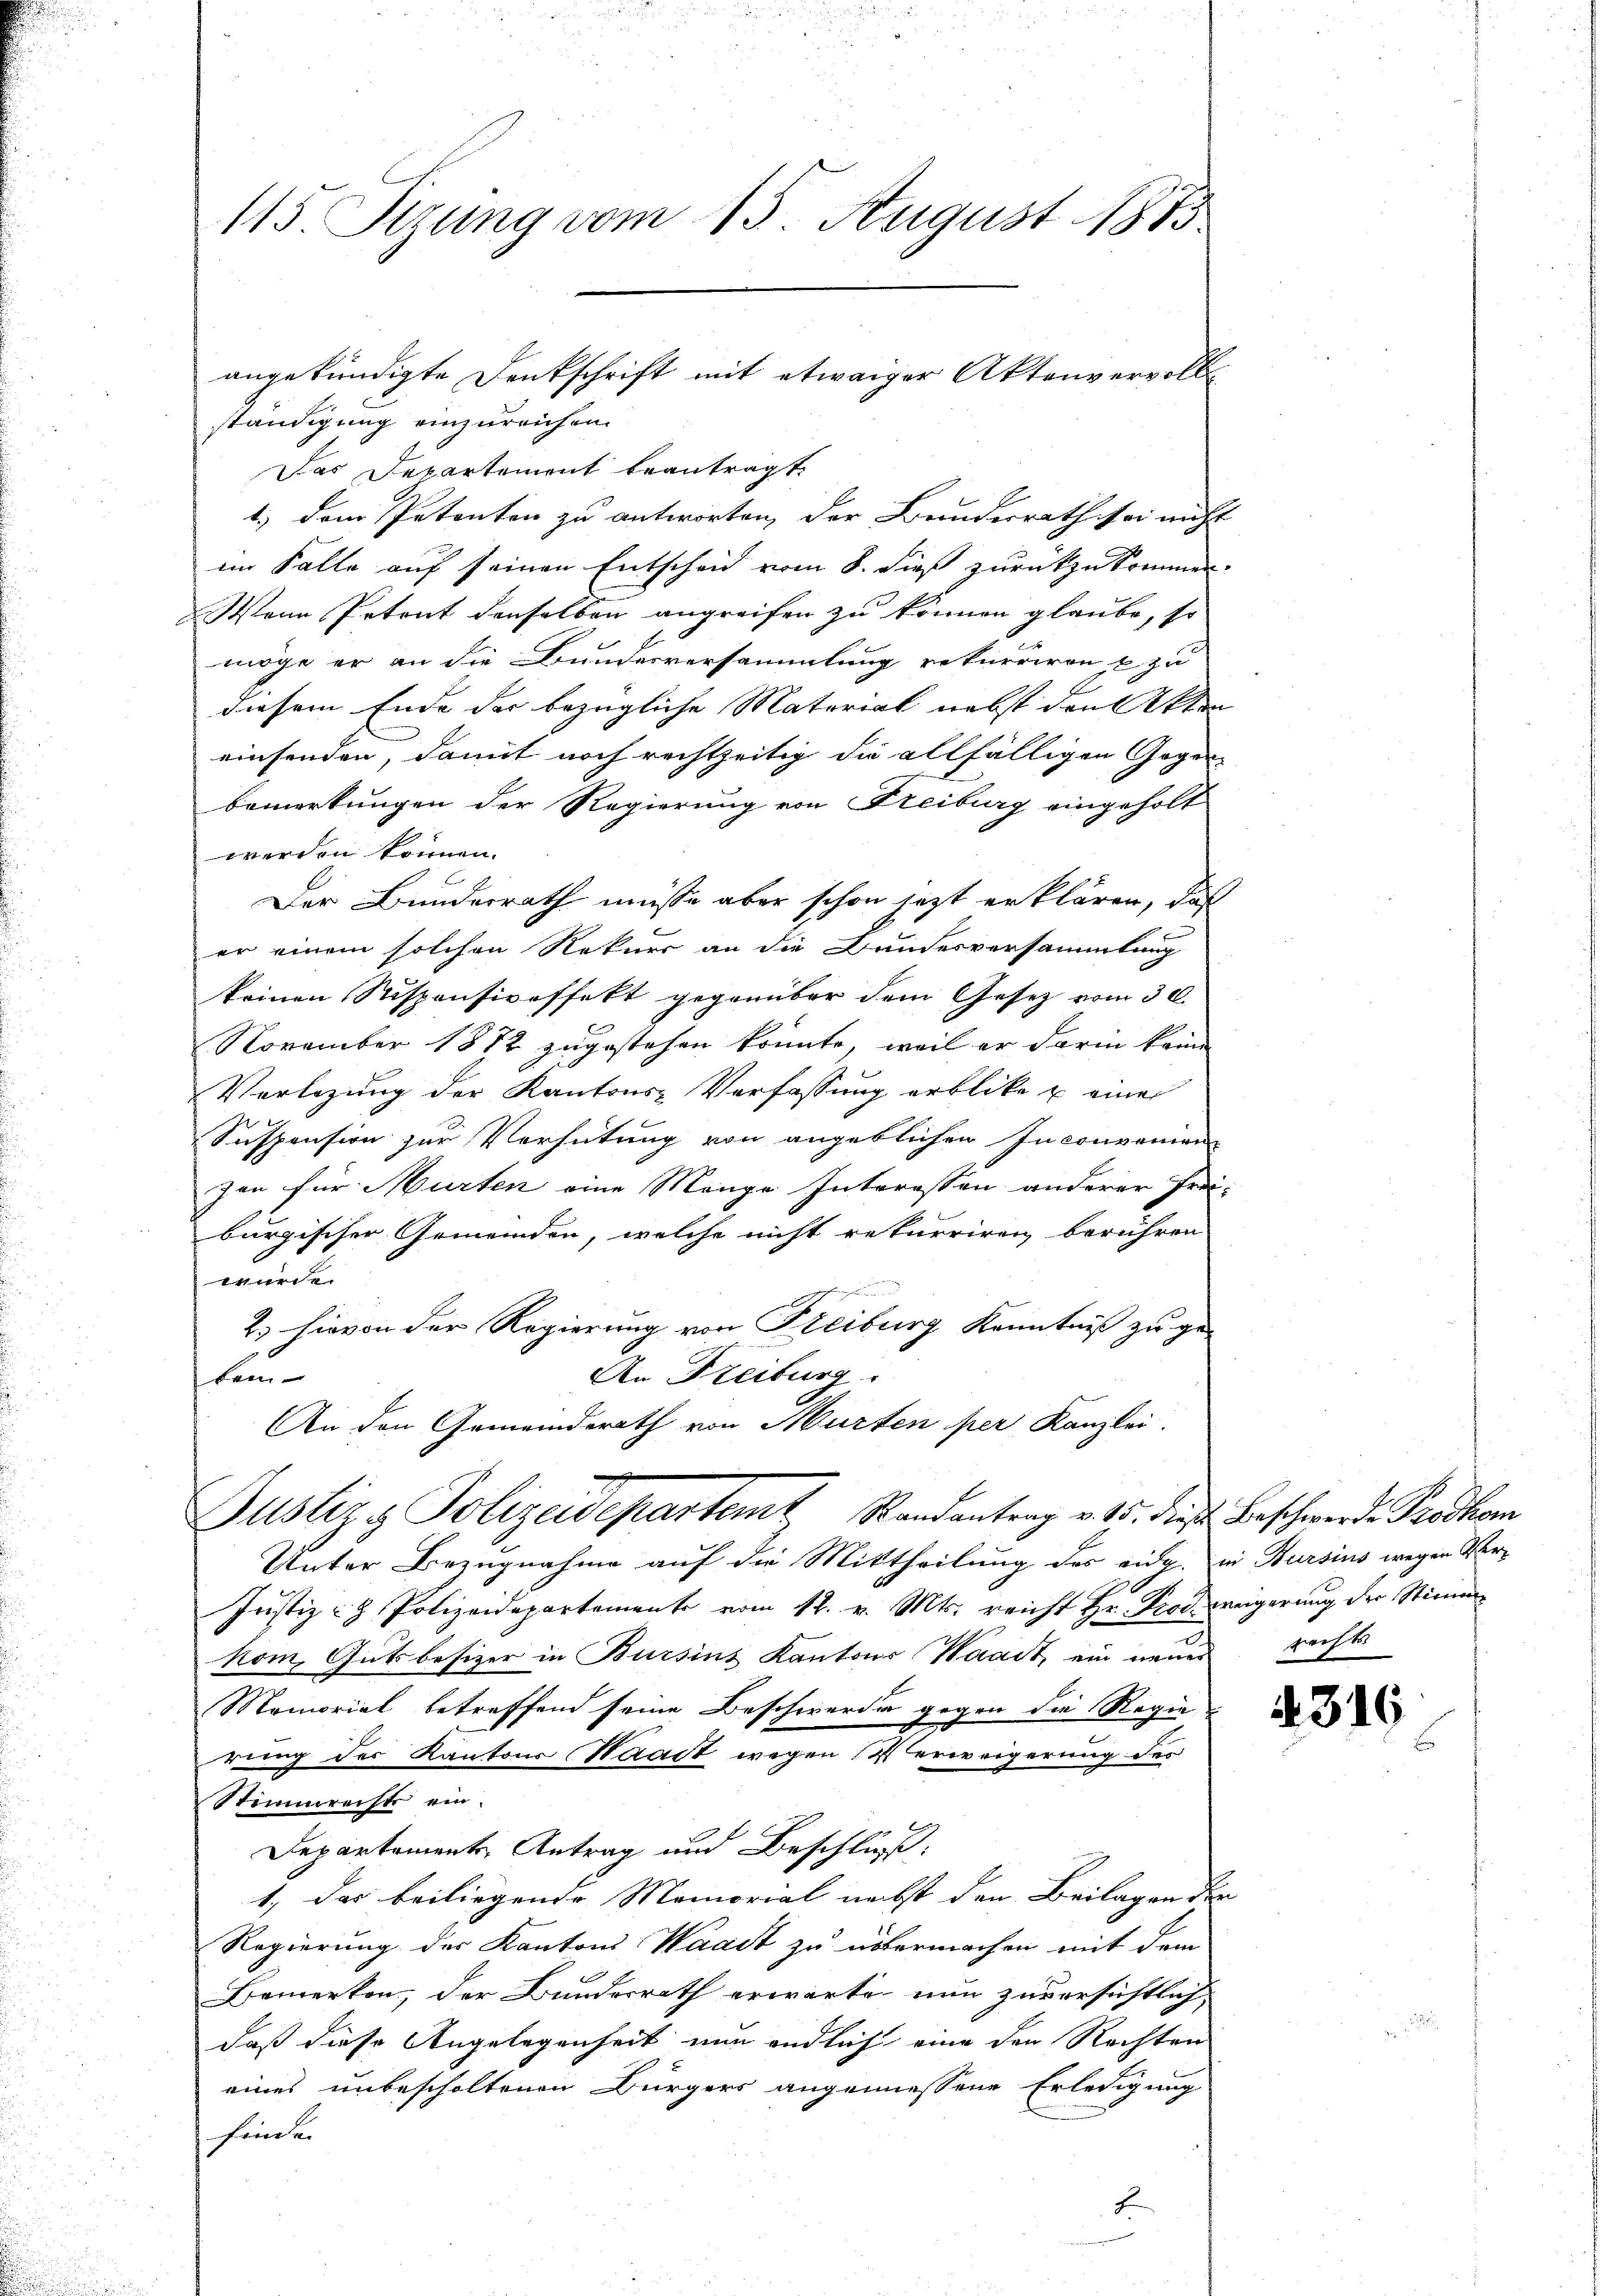
115 Sizung vom 15. August 1873

angekündigte Denkschrift mit etwaiger Aktenvervollständigung einzureichen.

Das Departement beantragt.
1.) Dem Petenten zu antworten, der Bundesrath sei nicht
im Falle auf seinen Entscheid vom 8. dieß zurückzukommen
Wenn Petent denselben angreifen zu können glaube, so
möge er an die Bundesversammlung rekurriren u zu
diesem Ende der bezügliche Material nebst den Akten
einsenden, damit noch rechtzeitig die allfälligen Gegen-
bemerkungen der Regierung von Freiburg eingeholt
werden können.
Der Bundesrath müsse aber schon jetzt erklären, daß
er einem solchen Rekurs an die Bundesversammlung
keinen Suspensiveffekt gegenüber dem Gesetz vom 30.
November 1872 zugestehen könnte, weil er darin keine
Vorlegung der Kantons-Verfassung erblicke u einer
Suspension zur Verhütung von angeblichen Inconvenien
zen für Murten eine Mänge Interessen anderer Frei-
burgischer Gemeinden, welche nicht rekurriren berühren
we
2.) Hievon der Regierung von Freiburg Kenntniß zu ge¬
An Freiburg.
lan
An den Gemeinderath von Murten per Kanzlei.
Justiz & Polizeidepartemt Randantrag v. 15. die Beschwerde Prodkom
Unter Bezugnahme auf die Mittheilung des eidg. in Bursins wegen Ver¬
Justiz- & Polizeidepartement vom 12. v. Mts. reicht Hr. Prod. weigerung der Stimm
kom, Gutsbesizer in Bursins Kantons Waadt, ein neuer
Momorial betreffend seine Beschwerden gegen die Regie
rung des Kantons Waadt wegen Verweigerung des
Stimmreiste ein.
Departement Antrag und Beschluß:
1, das beiliegende Memorial nebst den Beilagen der
Regierung des Kantons Waadt zu übermachen mit dem
e
Bemerken, der Bundesrath erwarte nun zuversichtlich,
daß diese Angelegenheit nun endlich eine den Rechten
eines unbescholtenen Bürgers angeniessene Erledigung
hinde.

geft

43

16